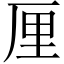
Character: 厘